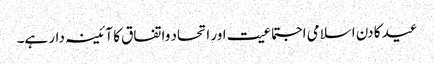
عید کا دن اسلامی اجتماعیت اور اتحاد واتفاق کا آئینہ دار ہے۔